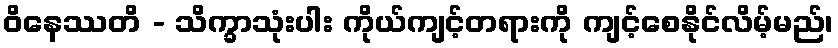
ဝိနေဿတိ - သိက္ခာသုံးပါး ကိုယ်ကျင့်တရားကို ကျင့်စေနိုင်လိမ့်မည်၊